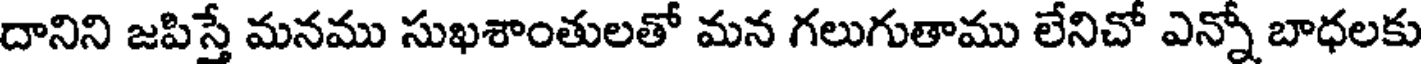
దానిని జపిస్తే మనము సుఖశాంతులతో మన గలుగుతాము లేనిచో ఎన్నో బాధలకు